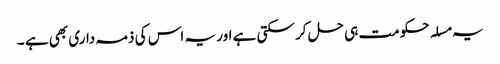
یہ مسلہ حکومت ہی حل کر سکتی ہے اور یہ اس کی ذمہ داری بھی ہے ۔